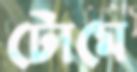
টোমে